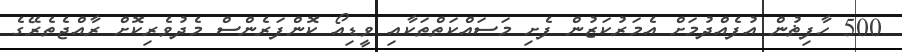
500 ހާފިޡުން އުފެއްދުމަށް އެމަރުކަޒުން ފެށި މަސައްކަތްތަކާއި ވީޑިއޯ ކޮންފަރެންސް މެދުވެރިކޮށް ރާއްޖެތެރޭގެ